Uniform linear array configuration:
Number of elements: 32
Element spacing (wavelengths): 0.75
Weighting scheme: hann
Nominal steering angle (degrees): -15
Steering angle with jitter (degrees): -16.465
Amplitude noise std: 0.05
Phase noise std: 0.05

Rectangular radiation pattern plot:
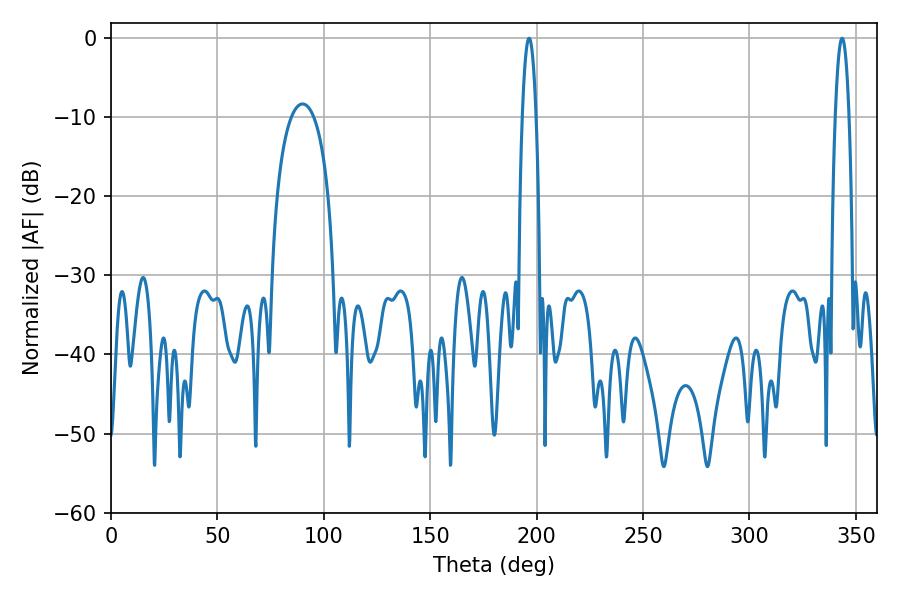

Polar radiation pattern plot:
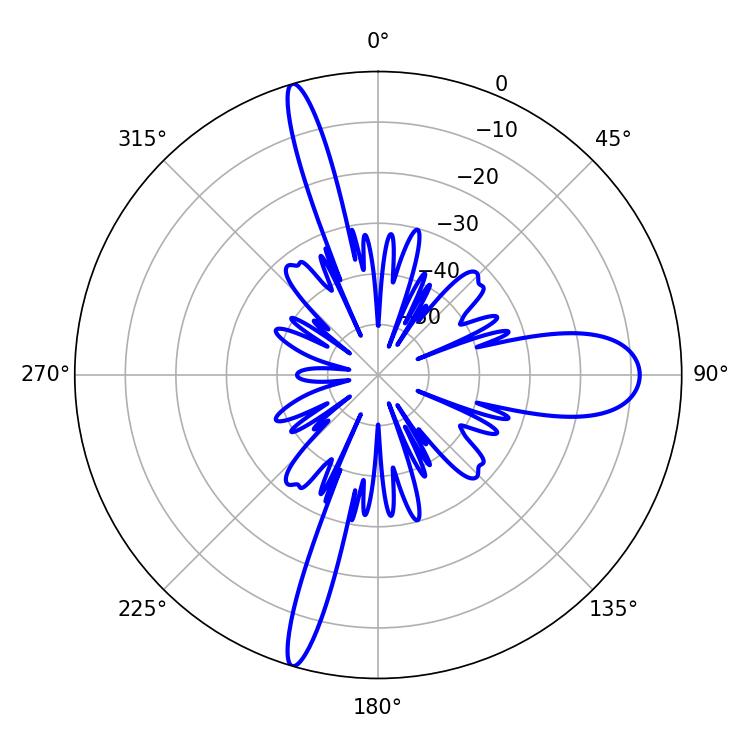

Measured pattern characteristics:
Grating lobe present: TRUE
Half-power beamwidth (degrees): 3.42
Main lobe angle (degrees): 196.38